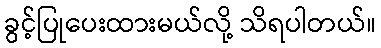
ခွင့်ပြုပေးထားမယ်လို့ သိရပါတယ်။